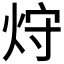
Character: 𤈁